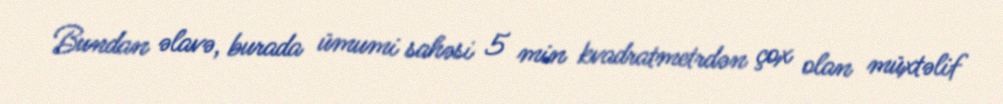
Bundan əlavə, burada ümumi sahəsi 5 min kvadratmetrdən çox olan müxtəlif